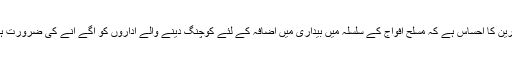
ماہرین کا احساس ہے کہ مسلح افواج کے سلسلہ میں بیداری میں اضافہ کے لئے کوچنگ دینے والے اداروں کو آگے آنے کی ضرورت ہے۔